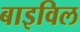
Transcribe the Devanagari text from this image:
बाइविल